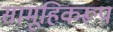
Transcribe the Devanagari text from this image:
सामूहिकरूप